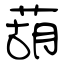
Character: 葫